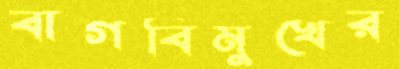
বাগবিমুখের